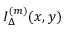
I _ { \Delta } ^ { ( m ) } ( x , y )